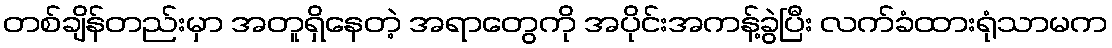
တစ်ချိန်တည်းမှာ အတူရှိနေတဲ့ အရာတွေကို အပိုင်းအကန့်ခွဲပြီး လက်ခံထားရုံသာမက